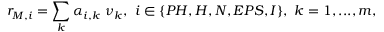
r _ { M , i } = \sum _ { k } \alpha _ { i , k } \ \nu _ { k } , \ i \in \{ P H , H , N , E P S , I \} , \ k = 1 , . . . , m ,